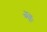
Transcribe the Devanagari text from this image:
मुँहे